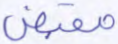
مقبض